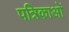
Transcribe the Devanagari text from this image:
पत्रिकाओं